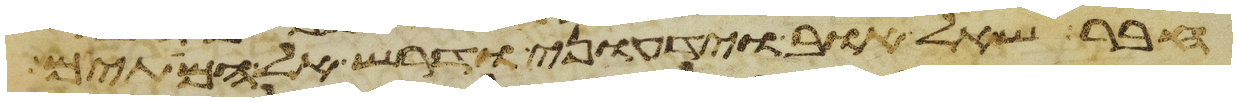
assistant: חבר שאל אוב או ידעוני ודרש אל המתים